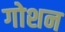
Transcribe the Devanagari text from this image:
गोशन